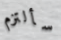
سألتزم